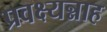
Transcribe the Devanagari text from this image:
प्रवक्ष्यन्नाह